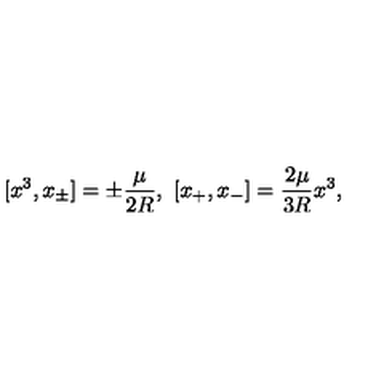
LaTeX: [ x ^ { 3 } , x _ { \pm } ] = \pm \frac { \mu } { 2 R } , \ [ x _ { + } , x _ { - } ] = \frac { 2 \mu } { 3 R } x ^ { 3 } ,